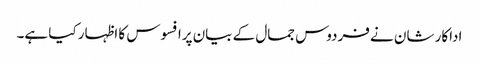
اداکار شان نے فردوس جمال کے بیان پرافسوس کا اظہار کیا ہے۔